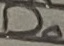
Text: D0